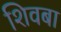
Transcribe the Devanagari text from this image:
शिवबा